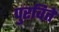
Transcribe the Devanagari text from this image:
पुरवितें